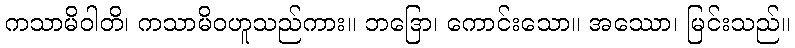
ကသာမိဝါတိ၊ ကသာမိဝဟူသည်ကား။ ဘဒြော၊ ကောင်းသော။ အဿော၊ မြင်းသည်။